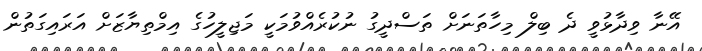
އޭނާ ވިދާޅުވީ ދެ ބިލް މިހާތަނަށް ތަސްދީގު ނުކުރެއްވުމަކީ މަޖިލީހުގެ އިމްތިޔާޒަށް އަރައިގަތުން